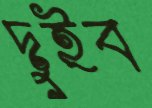
দুইব